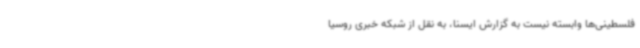
فلسطینی‌ها وابسته نیست به گزارش ایسنا، به نقل از شبکه خبری روسیا